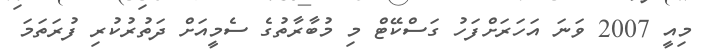
މިއީ 2007 ވަނަ އަހަރަށްފަހު ގަސްކޭޓް މި މުބާރާތުގެ ސެމީއަށް ދަތުރުކުރި ފުރަތަމަ